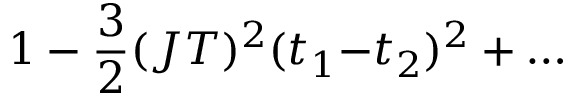
1 - \frac { 3 } { 2 } ( J T ) ^ { 2 } ( t _ { 1 } { - } t _ { 2 } ) ^ { 2 } + \ldots